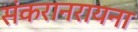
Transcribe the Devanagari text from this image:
संकरानरायना